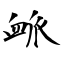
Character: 衇